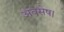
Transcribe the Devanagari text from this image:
अवसेष।